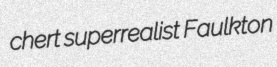
chert superrealist Faulkton